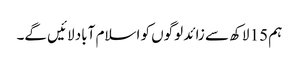
ہم 15 لاکھ سے زائد لوگوں کو اسلام آباد لائیں گے۔